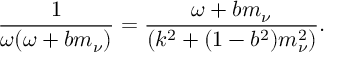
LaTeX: \frac { 1 } { \omega ( \omega + b m _ { \nu } ) } = \frac { \omega + b m _ { \nu } } { ( k ^ { 2 } + ( 1 - b ^ { 2 } ) m _ { \nu } ^ { 2 } ) } .